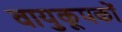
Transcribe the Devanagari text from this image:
वायुकूपकों